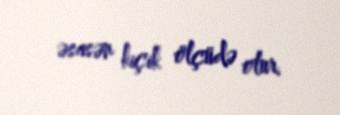
əsasən kiçik ölçüdə olur.